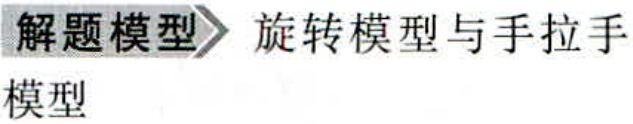
解题模型\rightarrow 旋转模型与手拉手
模型